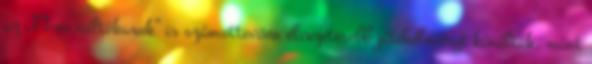
az „F1-es váltókarok” is számottevően élvezetesebb játékélményt kínáltak, mint